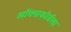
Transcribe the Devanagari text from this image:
ऑक्सफोर्डला